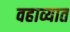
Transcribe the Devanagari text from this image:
वहाव्यात